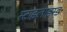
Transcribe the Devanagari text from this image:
स्टाइलाइस्ड